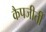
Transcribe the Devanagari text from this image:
कैपजीतीं